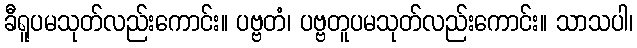
ခီရူပမသုတ်လည်းကောင်း။ ပဗ္ဗတံ၊ ပဗ္ဗတူပမသုတ်လည်းကောင်း။ သာသပါ၊